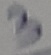
Text: 3